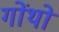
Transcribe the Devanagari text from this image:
गोंथों